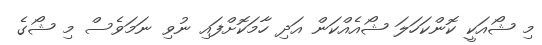
މި ޝޯއަކީ ކޮންކަހަލަ ޝޯއެއްކަން އަދި ހާމަކޮށްފައި ނުވި ނަމަވެސް މި ޝޯގެ